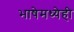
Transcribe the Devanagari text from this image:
भाषेमध्येही